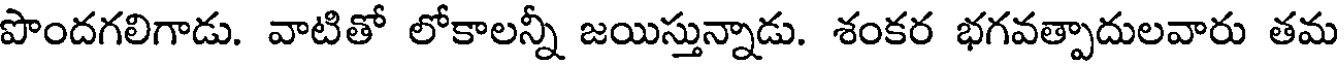
పొందగలిగాడు. వాటితో లోకాలన్నీ జయిస్తున్నాడు. శంకర భగవత్పాదులవారు తమ